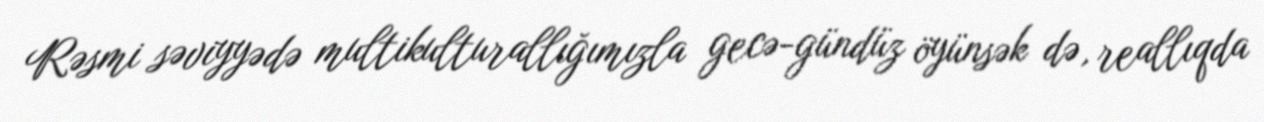
Rəsmi səviyyədə multikulturallığımızla gecə-gündüz öyünsək də, reallıqda